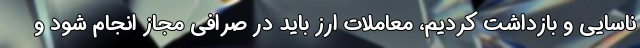
ناسایی و بازداشت کردیم، معاملات ارز باید در صرافی مجاز انجام شود و